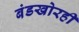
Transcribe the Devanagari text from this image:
बंडखोरही